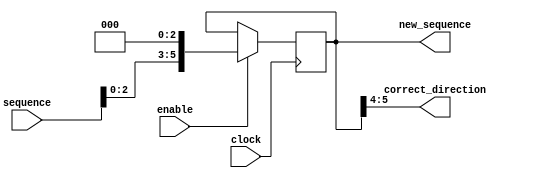
module shift_sequence(
                    clock, 
                    enable, 
                    sequence, 
                    new_sequence, 
                    correct_direction
                    );
    input [5:0]sequence;
    input clock, enable; 
    output [1:0]correct_direction;
	output[5:0]new_sequence;

    reg [5:0]s;
    always @(posedge clock) begin 
        if (enable)
            s <= sequence << 2'b11;
       end 
	
	assign new_sequence = s;
	assign correct_direction = s[5:4];
  //  assign correct_direction = [1:0]sequence;
endmodule